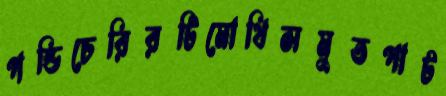
পন্ডিচেরিরটিমোথিসমুতপাট